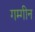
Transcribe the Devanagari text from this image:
गम्गीन